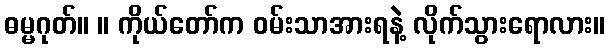
ဓမ္မဂုတ်။ ။ ကိုယ်တော်က ဝမ်းသာအားရနဲ့ လိုက်သွားရောလား။